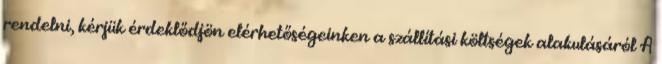
rendelni, kérjük érdeklődjön elérhetőségeinken a szállítási költségek alakulásáról A